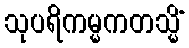
သုပရိကမ္မကတသ္မိံ